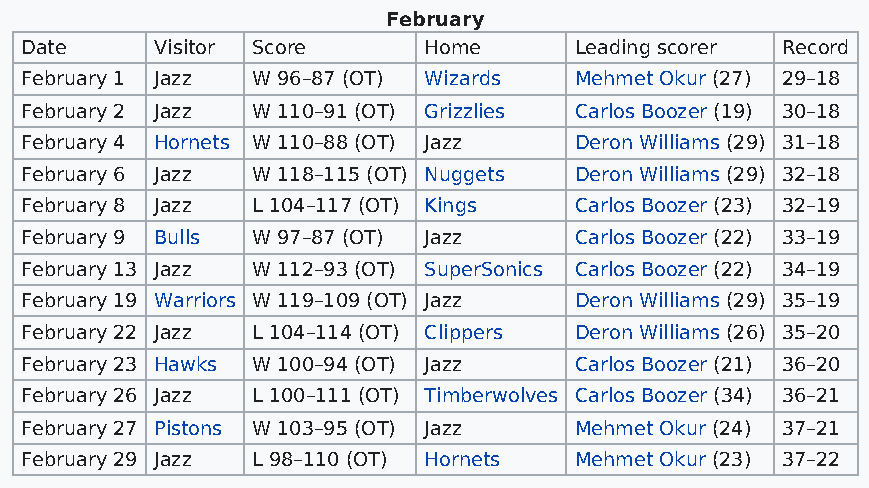
February
 Date     Visitor Score     Home      Leading scorer Record
 February 1 Jazz W 96–87 (OT) Wizards Mehmet Okur (27) 29–18
 February 2 Jazz W 110–91 (OT) Grizzlies Carlos Boozer (19) 30–18
 February 4 Hornets W 110–88 (OT) Jazz Deron Williams (29) 31–18
 February 6 Jazz W 118–115 (OT) Nuggets Deron Williams (29) 32–18
 February 8 Jazz L 104–117 (OT) Kings Carlos Boozer (23) 32–19
 February 9 Bulls W 97–87 (OT) Jazz   Carlos Boozer (22) 33–19
 February 13 Jazz W 112–93 (OT) SuperSonics Carlos Boozer (22) 34–19
 February 19 Warriors W 119–109 (OT) Jazz Deron Williams (29) 35–19
 February 22 Jazz L 104–114 (OT) Clippers Deron Williams (26) 35–20
 February 23 Hawks W 100–94 (OT) Jazz Carlos Boozer (21) 36–20
 February 26 Jazz L 100–111 (OT) Timberwolves Carlos Boozer (34) 36–21
 February 27 Pistons W 103–95 (OT) Jazz Mehmet Okur (24) 37–21
 February 29 Jazz L 98–110 (OT) Hornets Mehmet Okur (23) 37–22